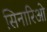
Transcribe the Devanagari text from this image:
सिनारिओ